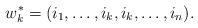
LaTeX: \begin{align*}w^{*}_{k} = (i_{1}, \dots, i_{k}, i_{k}, \dots, i_{n}). \end{align*}